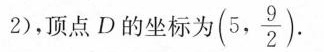
2)，顶点D的坐标为 (5, \frac{9}{2}).